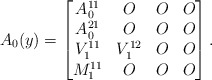
\begin{align*} A_0(y)=\begin{bmatrix} A_0^{11} & O & O & O \\ A_0^{21} & O & O & O \\ V_1^{11} & V_1^{12} & O & O \\ M_1^{11} & O & O & O \end{bmatrix} .\end{align*}